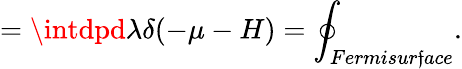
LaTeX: =\intdpd\lambda\delta(-\mu-H)=\oint_{Fermisur\mathfrak{f}ace}.